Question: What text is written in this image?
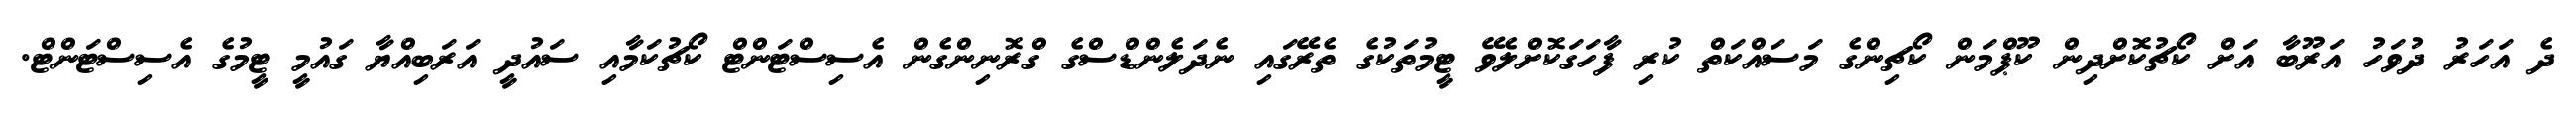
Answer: ދެ އަހަރު ދުވަހު އަރޫބާ އަށް ކޯޗުކޮށްދިން ކޫޕްމަން ކޯޗިންގެ މަސައްކަތް ކުރި ފާހަގަކޮށްލެވޭ ޓީމުތަކުގެ ތެރޭގައި ނެދަލެންޑްސްގެ ގްރޮނިންގެން އެސިސްޓަންޓް ކޯޗުކަމާއި ސައުދީ އަރަބިއްޔާ ގައުމީ ޓީމުގެ އެސިސްޓަންޓް.